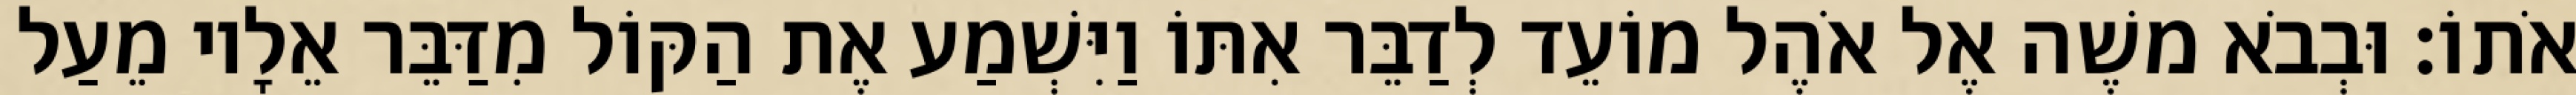
אֹתוֹ׃ וּבְבֹא משֶׁה אֶל אֹהֶל מוֹעֵד לְדַבֵּר אִתּוֹ וַיִּשְׁמַע אֶת הַקּוֹל מִדַּבֵּר אֵלָיו מֵעַל